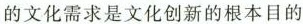
的文化需求是文化创新的根本目的